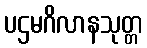
ပဌမဂိလာနသုတ္တ